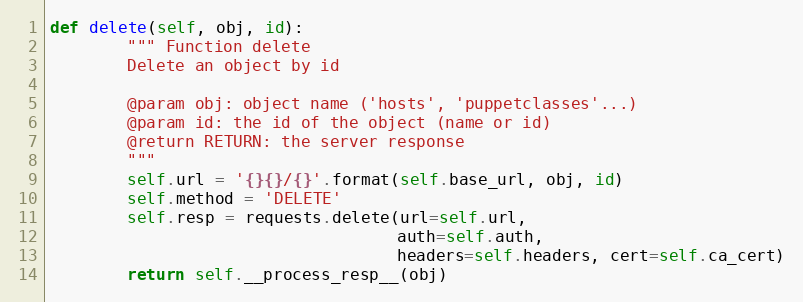
Language: Python
def delete(self, obj, id):
        """ Function delete
        Delete an object by id

        @param obj: object name ('hosts', 'puppetclasses'...)
        @param id: the id of the object (name or id)
        @return RETURN: the server response
        """
        self.url = '{}{}/{}'.format(self.base_url, obj, id)
        self.method = 'DELETE'
        self.resp = requests.delete(url=self.url,
                                    auth=self.auth,
                                    headers=self.headers, cert=self.ca_cert)
        return self.__process_resp__(obj)